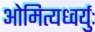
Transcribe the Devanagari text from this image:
ओमित्यध्वर्युः